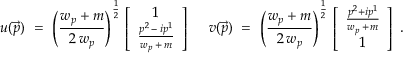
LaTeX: u ( \vec { p } ) \, \, = \, \, \left( \frac { w _ { p } + m } { 2 \, w _ { p } } \right) ^ { \frac { 1 } { 2 } } \, \left[ \begin{array} { c } { { 1 } } \\ { { \frac { p ^ { 2 } \, - \, i p ^ { 1 } } { w _ { p } \, + \, m } } } \end{array} \right] \, \, \quad v ( \vec { p } ) \, \, = \, \, \left( \frac { w _ { p } + m } { 2 \, w _ { p } } \right) ^ { \frac { 1 } { 2 } } \, \left[ \begin{array} { c } { { \frac { p ^ { 2 } + i p ^ { 1 } } { w _ { p } \, + \, m } } } \\ { { 1 } } \end{array} \right] \, \, .